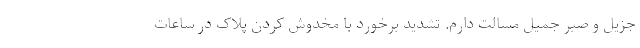
جزیل و صبر جمیل مسالت دارم. تشدید برخورد با مخدوش کردن پلاک در ساعات